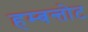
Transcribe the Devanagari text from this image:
हम्बन्तोट